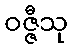
ဝဇ္ဇီသု